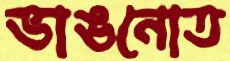
ভাঙনোত